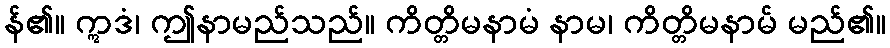
န်၏။ ဣဒံ၊ ဤနာမည်သည်။ ကိတ္တိမနာမံ နာမ၊ ကိတ္တိမနာမ် မည်၏။